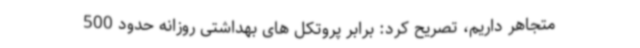
متجاهر داریم، تصریح کرد: برابر پروتکل های بهداشتی روزانه حدود 500